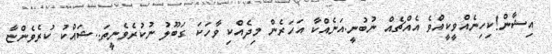
އިޝާން!ކިހިނެއްވީކީއްވެ އެއްޗެއް ނުބުނީ.އަނެއްކާ އަހަރެން މިދެއްކި ވާހަކަ ގަބޫލު ނުކުރެވެނީތަ..ޝައްކު ކުރެވެންޏާ